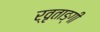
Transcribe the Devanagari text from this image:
र्वृताङ्गी